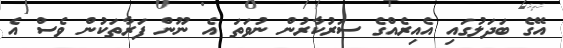
އޭގެ ބަދަލުގައި އެއިރެއްގެ ސަރުކާރުން ނުވަތަ އެ ނޫން ފަރާތަކުން ވެސް އެ